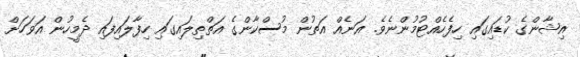
އިޝާންގެ ކުޑައިގައި ހިފެހެއްޓުމުންނެވެ. އަނެއް އަތުން މުސްކާންގެ އަތްތިލައިގައި ހިފާލައިފައި ދެމީހުން އަވަހަށް